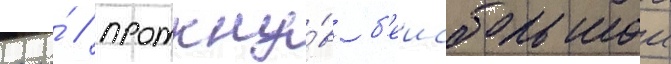
его́ / проткну́в б'еисбольнои